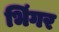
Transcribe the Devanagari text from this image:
भिंगर